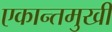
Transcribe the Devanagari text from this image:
एकान्तमुखी